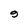
Character: 9